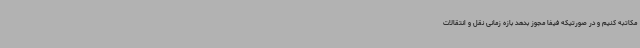
مکاتبه کنیم و در صورتیکه فیفا مجوز بدهد بازه زمانی نقل و انتقالات